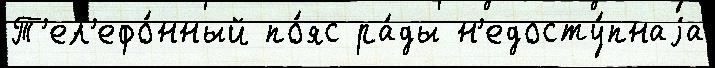
Т'ел'ефо́нный по́яс ра́ды н'едосту́пнаjа